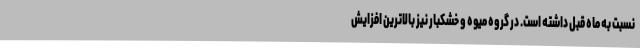
نسبت به ماه قبل داشته است. در گروه میوه و خشکبار نیز بالاترین افزایش